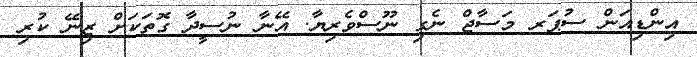
އިންޑިއަން ސުޕަރ މަސާޖް ނެގި ނޫސްވެރިޔާ. އޭނާ ނުސީދާ ގޮތަކަށް ޒިނޭ ކުރި